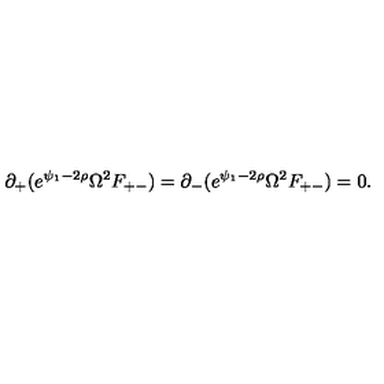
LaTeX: \partial _ { + } ( e ^ { \psi _ { 1 } - 2 \rho } \Omega ^ { 2 } F _ { + - } ) = \partial _ { - } ( e ^ { \psi _ { 1 } - 2 \rho } \Omega ^ { 2 } F _ { + - } ) = 0 .